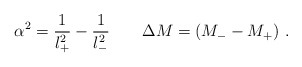
\begin{align*}\alpha^2=\frac{1}{l_+^2} - \frac{1}{l_-^2} \ \ \ \ \ \ \Delta M = (M_--M_+) \ .\end{align*}